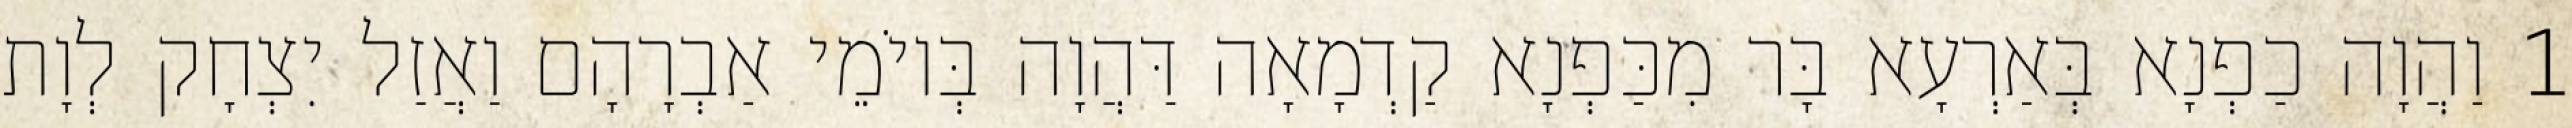
1 וַהֲוָה כַפְנָא בְּאַרְעָא בָּר מִכַּפְנָא קַדְמָאָה דַּהֲוָה בְּיוֹמֵי אַבְרָהָם וַאֲזַל יִצְחָק לְוָת